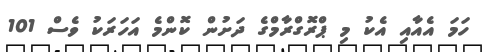
ހަމަ އެއާއި އެކު މި ޕްރޮގްރާމްގެ ދަށުން ކޮންމެ އަހަރަކު ވެސް 101